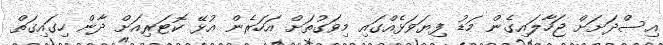
އިސްދަށަށް ޖަހާލައިގެން މަޑު ފިޔަވަޅެއްގައި މިވަގުތަށް އަހަރެން އުޅޭ ކޮޓަރިއަށް ދާން ހިގައިގަތް